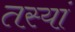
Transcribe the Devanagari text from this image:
तस्यां